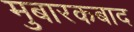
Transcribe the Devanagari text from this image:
मुबारकबाद